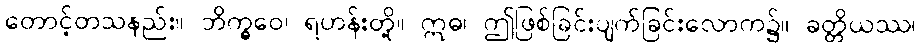
တောင့်တသနည်း။ ဘိက္ခဝေ၊ ရဟန်းတို့။ ဣဓ၊ ဤဖြစ်ခြင်းပျက်ခြင်းလောက၌။ ခတ္တိယဿ၊